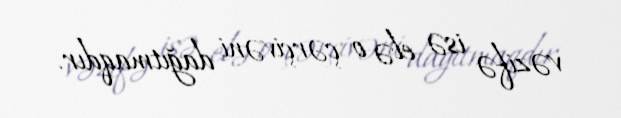
vəzifə isə elə o çərçivəni dağıtmaqdır.